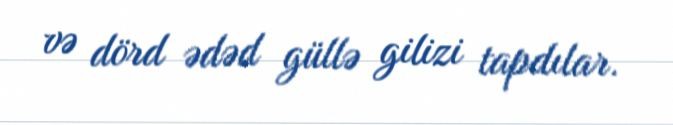
və dörd ədəd güllə gilizi tapdılar.